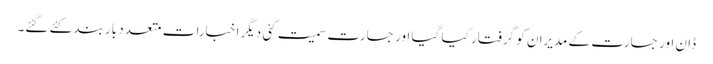
ڈان اور جسارت کے مدیران کو گرفتار کیا گیا اور جسارت سمیت کئی دیگر اخبارات متعدد بار بند کئے گئے۔